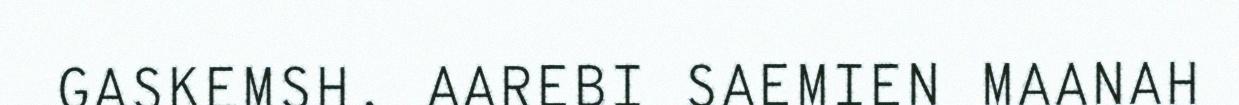
GASKEMSH. AAREBI SAEMIEN MAANAH